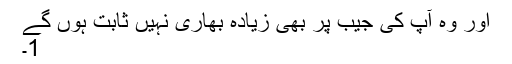
اور وہ آپ کی جیب پر بھی زیادہ بھاری نہیں ثابت ہوں گے
1۔